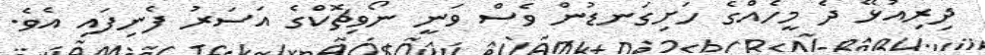
ދިރިއުޅޭ ދެ މީހެއްގެ ހަށިގަނޑުން ވެސް ވަނީ ނޯވިޗޮކްގެ އަސަރު ފެނިފައި އެވެ.